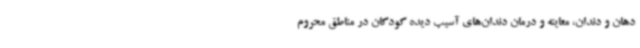
دهان و دندان، معاینه و درمان دندان‌های آسیب دیده کودکان در مناطق محروم